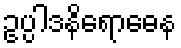
ဥပ္ပါဒနိရောဓေန